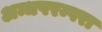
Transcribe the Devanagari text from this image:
अन्धपरम्परा